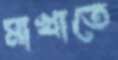
মাখাতে